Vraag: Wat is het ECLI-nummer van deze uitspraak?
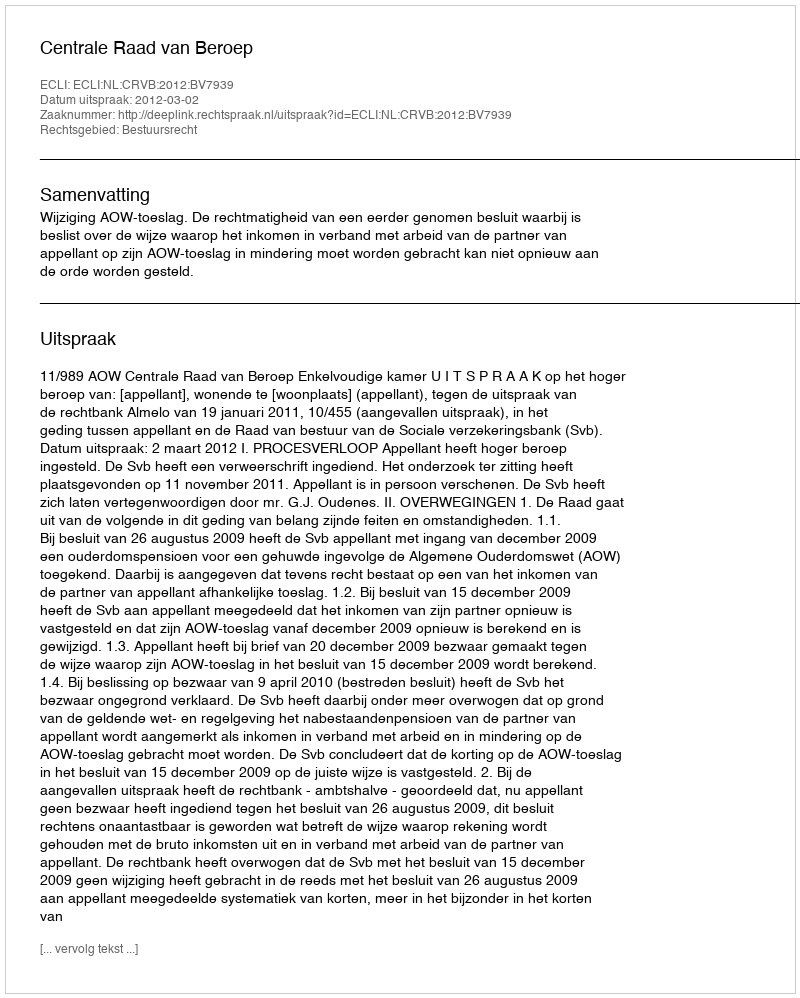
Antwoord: ECLI:NL:CRVB:2012:BV7939